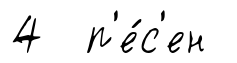
4 п'е́с'ен